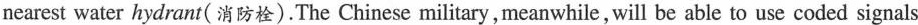
nearest water hydrant( 消防栓).The Chinese military,meanwhile, will be able to use coded signals